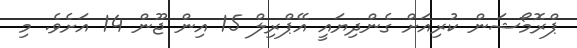
ޕްރޮމޯޝަން ކުރިއަށް ގެންދިޔައީ އޭޕްރިލް 15 އިން ޖޫން 14 އަށެވެ. މި